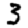
Digit: 3